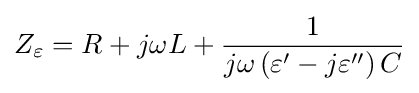
Z_{\varepsilon }=R+j\omega L+{\frac {1}{j\omega \left(\varepsilon ^{\prime }-j\varepsilon ^{\prime \prime }\right)C}}